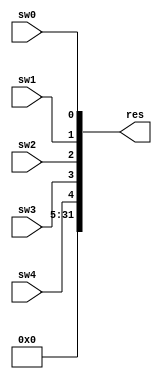
`default_nettype none

module in_port(
    input sw0, 
    input sw1, 
    input sw2, 
    input sw3, 
    input sw4,
    output wire [31: 0] res
);
    //  I/O 
    //  5  bit

    assign res[0] = sw0;
    assign res[1] = sw1;
    assign res[2] = sw2;
    assign res[3] = sw3;
    assign res[4] = sw4;
    assign res[31: 5] = 27'b0;

endmodule